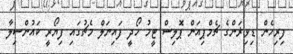
ފިރިހެން ޑިވިޜަންގެ ޗެމްޕިއަން ޕޮލިސް ޓީމު ހޯދީ ފައިނަލް މެޗުގައި ފިޔޯރީ ކައުންސިލާ